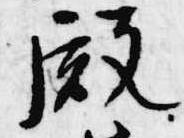
殿